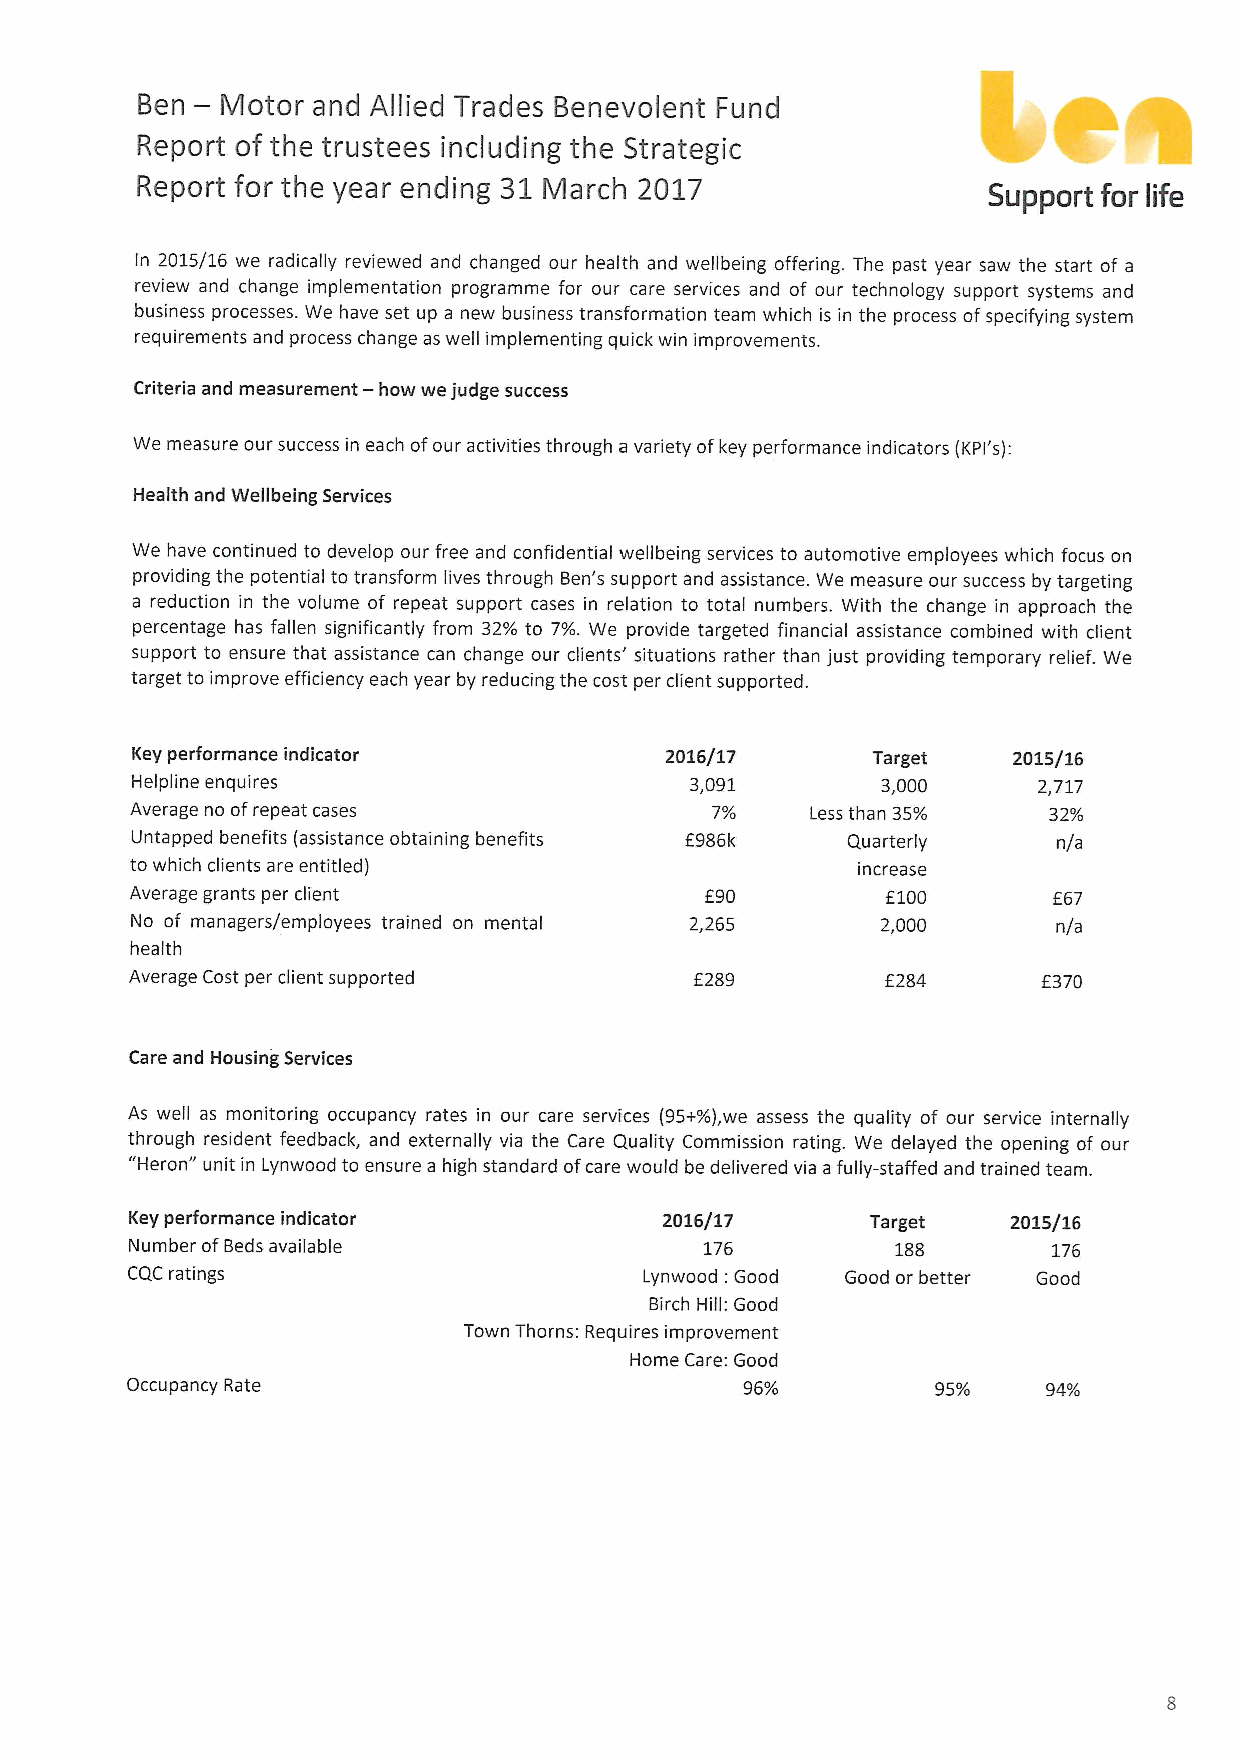
—
 Ben   Motor and Allied Trades Benevolent Fund
 Report of the trustees including the Strategic
 Report for the year ending 31 March 2017                Support for life
 In 2015/16 we radically reviewed and changed our health and wellbeing offering. The past year saw the start of a
 review and change implementation programme for our care services and of our technology support systems and
 business processes. We have set up a new business transformation team which is in the process ofspecifying system
 requirements and process change as well implementing quick win improvements.
 Criteria and measurement —how we judge success
 We measure our success in each ofour activities through a variety ofkey performance indicators {KPI's):
 Health and Wellbeing Services
 We have continued to develop our free and confidential wellbeing services to automotive employees which focus on
 providing the potential to transform lives through Ben's support and assistance. We measure our success by targeting
 a reduction in the volume of repeat support cases in relation to total numbers. With the change in approach the
 percentage has fallen significantly from 32% 'to 7%. We provide targeted financial assistance combined with client
 support to ensure that assistance can change our clients' situations rather than just providing temporary relief. We
 target to improve efficiency each year by reducing the cost per client supported.
 Key performance indicator          2016/17       Target   2015/16
 Helpline enquires                    3,091       3,000      2,717
 Average no ofrepeat cases             7%     Less than 35%  32%
 Untapped benefits {assistance obtaining benefits E986I& Quarterly n/a
 to which clients are entitled)                  increase
 Average grants per client             f90         6100       f67
 No of managers/employees trained on mental 2,265 2,000       n/a
 health
 Average Cost per client supported    8289         f284      f370
 Care and Housing Services
 As well as monitoring occupancy rates in our care services {95+%)w, e assess the quality of our service internally
 through resident feedback, and externally via the Care Quality Commission rating. We delayed the opening of our
 "Heron" unit in Lynwood to ensure a high standard ofcare would be delivered via a fully-staffed and trained team.
 Key performance indicator          2016/17       Target   2015/16
 Number ofBeds available               176         188        176
 CQC ratings                        Lynwood: Good Good or better Good
 Birch Hill: Good
 Town Thorns: Requires improvement
 Home Care: Good
 Occupancy Rate                           96%          95%    94%